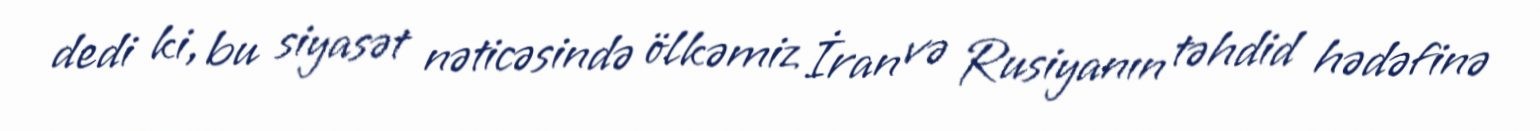
dedi ki, bu siyasət nəticəsində ölkəmiz İran və Rusiyanın təhdid hədəfinə